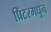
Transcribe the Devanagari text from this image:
प्रिंटरमधून